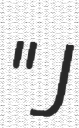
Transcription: "J